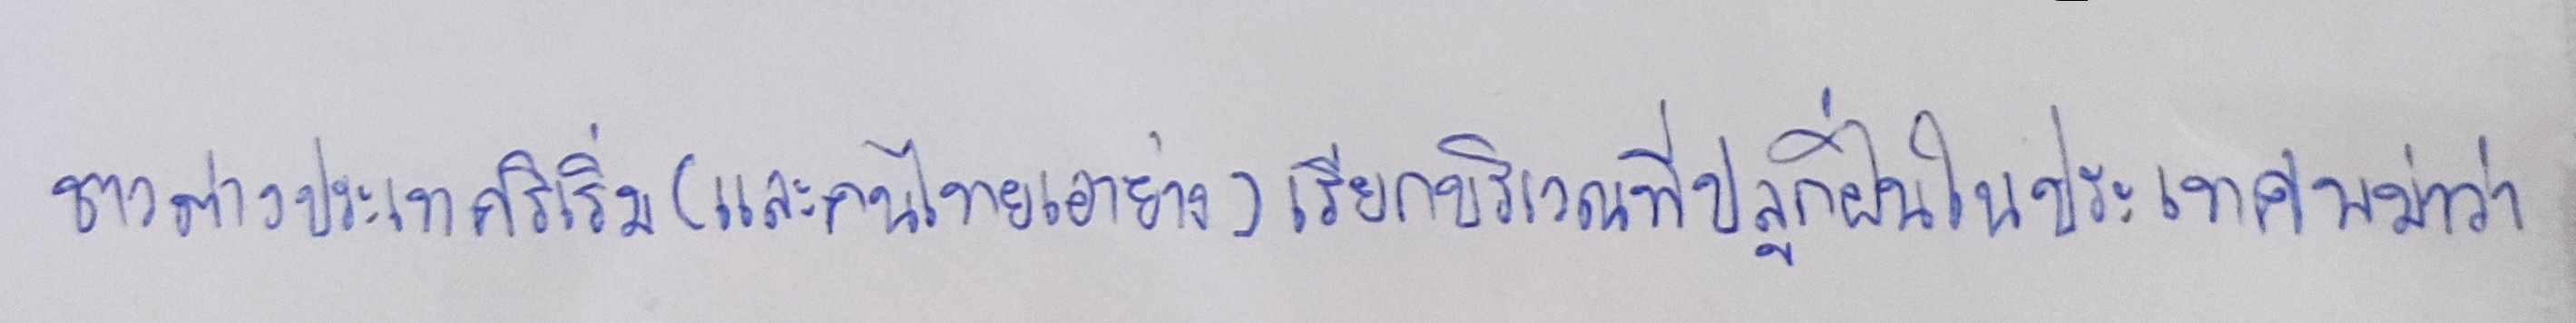
ชาวต่างประเทศริเริ่ม(และคนไทยเอาอย่าง)เรียกบริเวณที่ปลูกฝิ่นในประเทศพม่าว่า